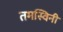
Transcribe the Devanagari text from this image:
तमस्विनी